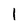
Character: 1